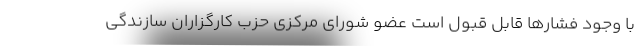
با وجود فشارها قابل قبول است عضو شورای مرکزی حزب کارگزاران سازندگی